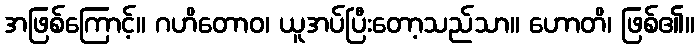
အဖြစ်ကြောင့်။ ဂဟိတောဝ၊ ယူအပ်ပြီးတော့သည်သာ။ ဟောတိ၊ ဖြစ်၏။